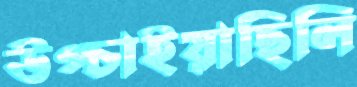
উপ্‌চাইয়াছিলি